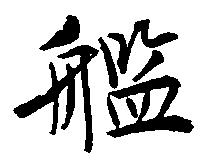
艦